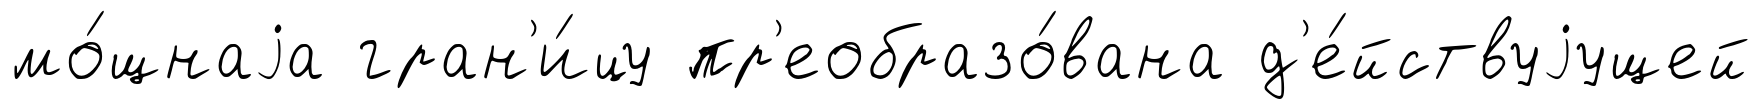
мо́щнаjа гран'и́цу пр'еобразо́вана д'е́йствуjущей